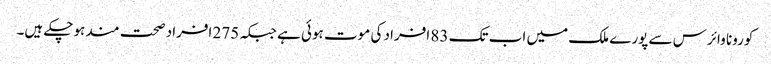
کورونا وائرس سے پورے ملک میں اب تک 83 افراد کی موت ہوئی ہے جبکہ 275 افراد صحت مند ہوچکے ہیں۔